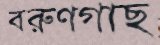
বরুণগাছ